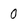
Character: 0